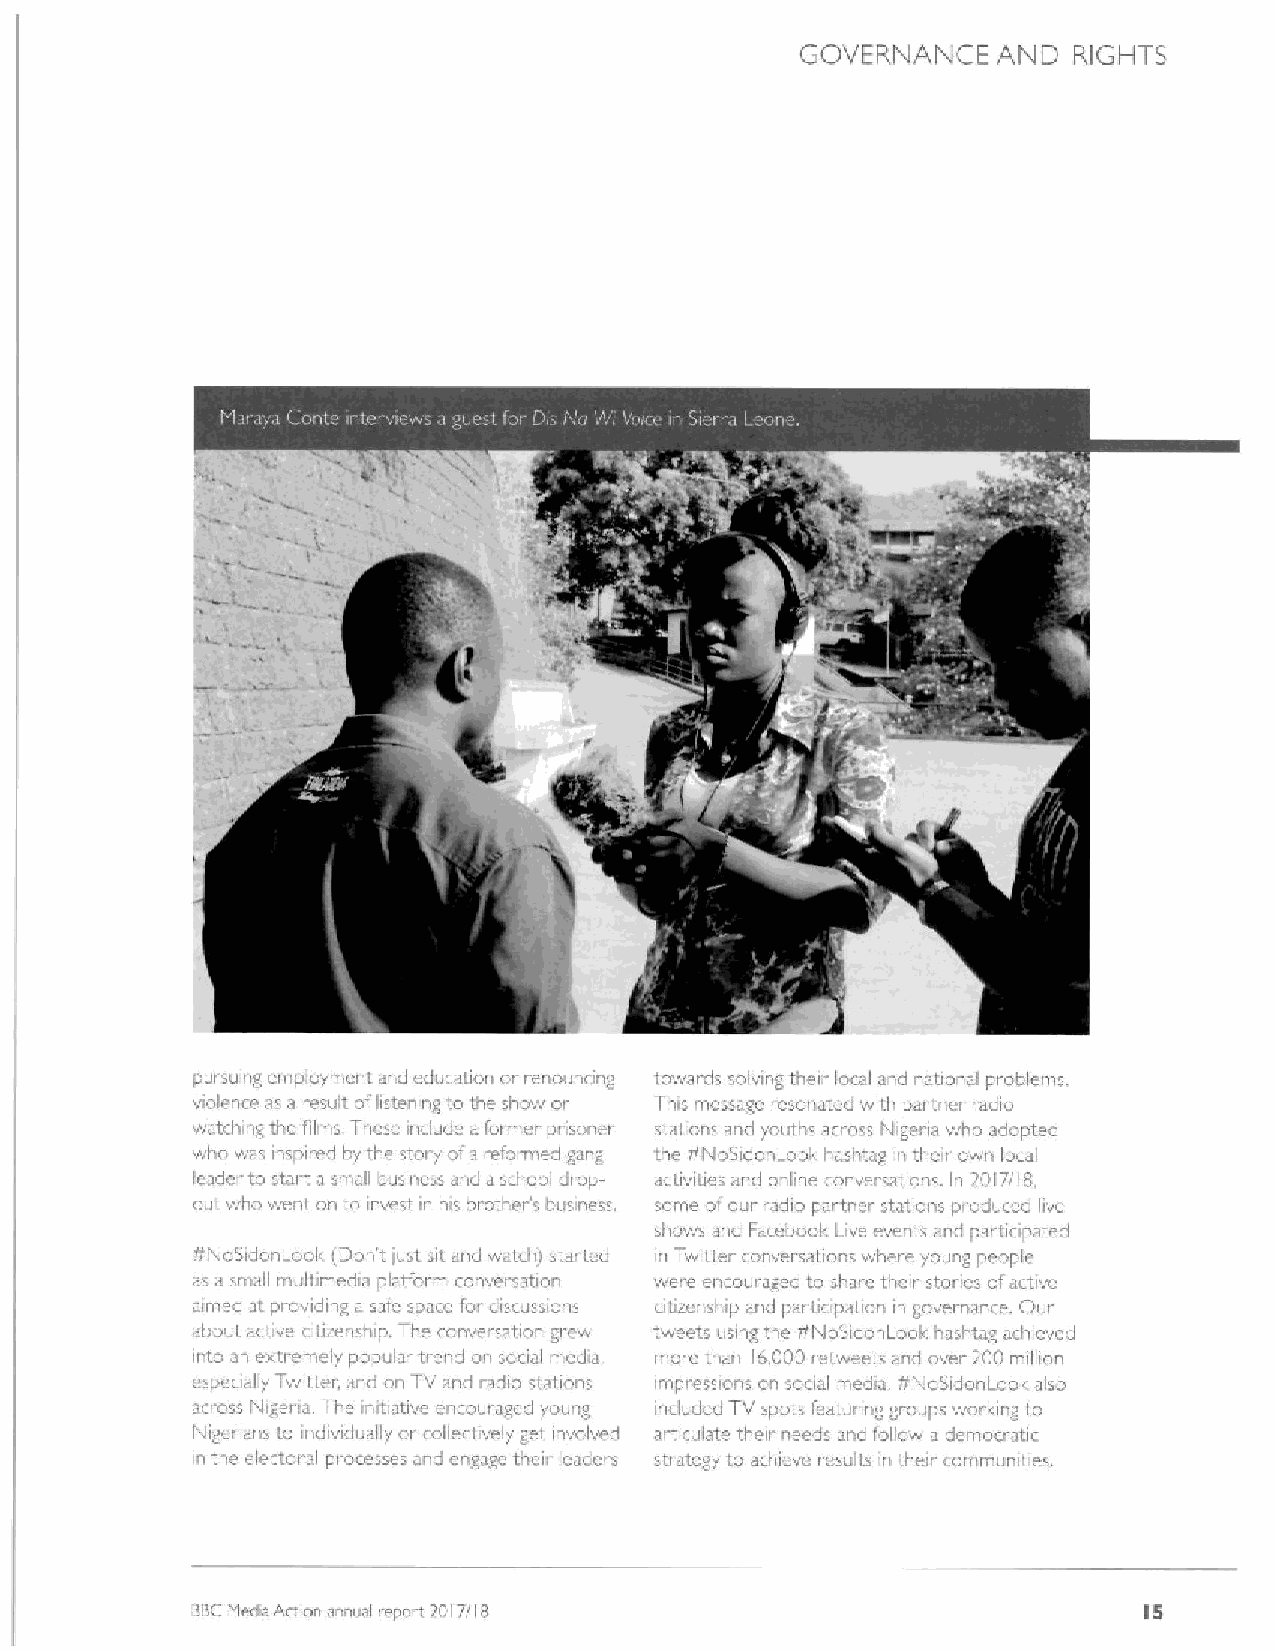
GOVERNANCE   AND  RIGHTS
 pursui g employment and education or renouncing towards solving their local and national prablems.
 vialence as a iesuilt oflistening ta the shaw or This message resonated with partner adio
 i
 watching the films These include aformer p~isoner stations and youths arrass Nigeria who adopted
 who was inspired by the story ofa refomted gang the ¹NoSidonLook hashtag in their own local
 leader to start a small business and a school drop- activities and o line conversations. In 20I7/lg.
 out who went on to invest in his brather's business. some ofoui radio partner stations produced live
 shows and Facebook Live events and partiripated
 ¹NoSidonLook IDon't just sit.and watch) started in Twittei' conversatians where young people
 as a small multimedia platform conversation were encouraged to sha~e their stanes ofactive
 aimed at pi oviding a safe space for discussions otizenship and pa«icipatian in governance. Our
 about active citizenship. The canversation grew tweets using the ¹NoSidonLoak hashtag achieved
 into a extremely papular trend o social media, more than 16.000retweets and over 200 million
 cspcaally Twitter, and on TV and idio statioiss impressions on social media. ¹NoSidanLools alsa
 aciass Nigeiia. The initiative encouraged young included TV spots fcatunng groups worlong to
 Nigerians ta individually or collectively get involved articulate their needs and follow a demorratic
 in the electoral piacesses and engage their leaders strategy to achieve results in their cammunities
 BBCMad aArran annual repai t 2017/18                           IS